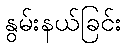
နွမ်းနယ်ခြင်း